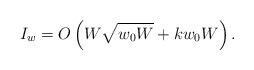
LaTeX: \begin{align*}I_w=O\left( W\sqrt{w_0W}+ k w_0 W\right).\end{align*}